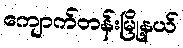
ကျောက်တန်းမြို့နယ်